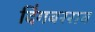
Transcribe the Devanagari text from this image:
दिंगबरराव